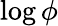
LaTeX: \log\phi